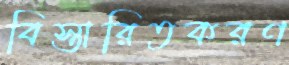
বিস্তারিতকরণ